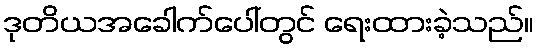
ဒုတိယအခေါက်ပေါ်တွင် ရေးထားခဲ့သည်။